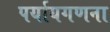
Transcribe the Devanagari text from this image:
पर्यायगणना